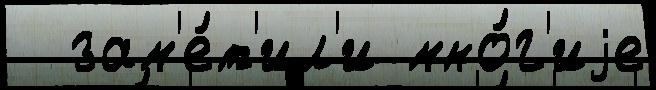
  зам'е́т'ил'и мно́г'иjе